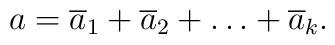
a={\overline a_1}+{\overline a_2}+\ldots +{\overline a_k}.